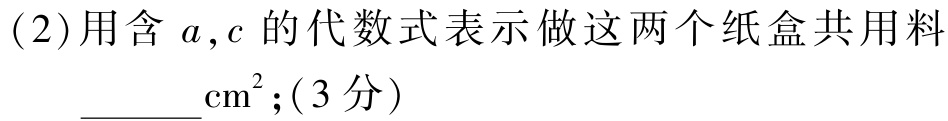
(2)用含 \(a,c\) 的代数式表示做这两个纸盒共用料 \(\underline{\quad\quad}\text{cm}^2\);(3分)